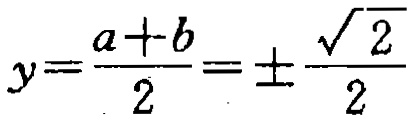
\[y=\frac{a + b}{2}=\pm\frac{\sqrt{2}}{2}\]